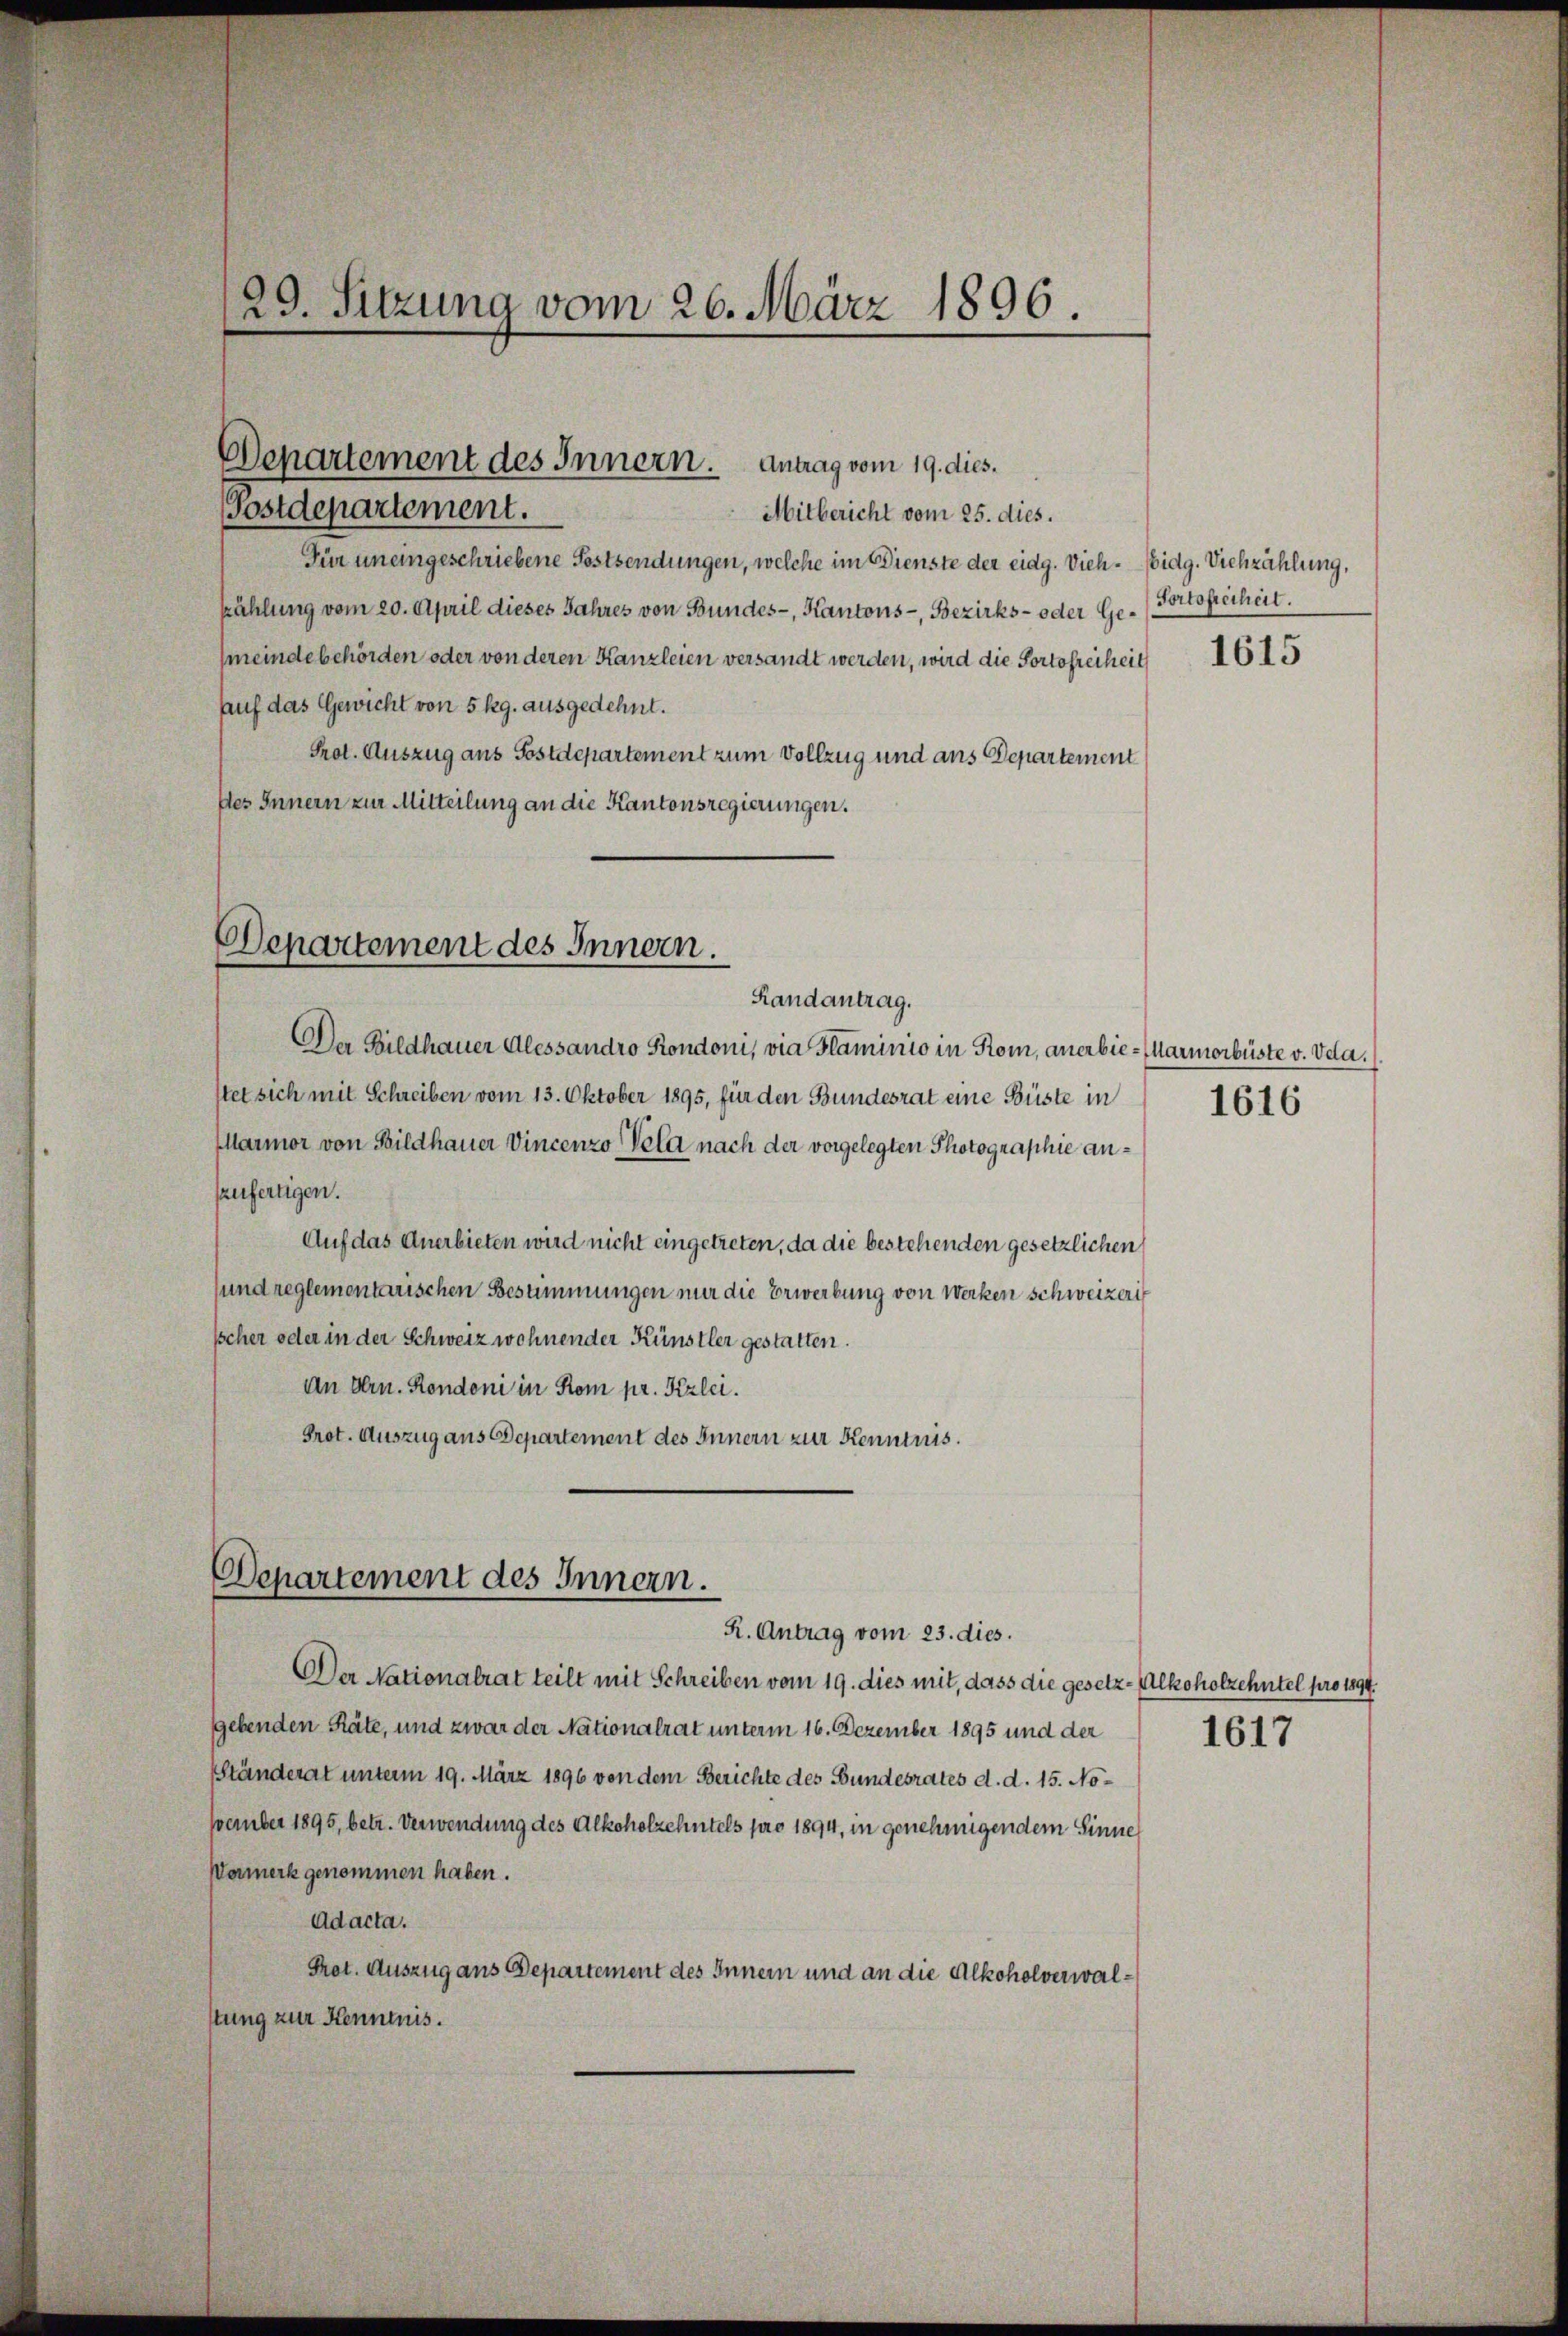
29. Sitzung vom 26. März 1896.

Departement des Innern. Antrag vom 19. dies

Postdepartement.
Mitbericht vom 25. dies.
Für uneingeschriebene Festsendungen, welche im Dienste der eidg. Vieh- Eidg. Viehzählung,
kählung vom 20. April dieses Jahres von Bundes-, Kantons-, Bezirks- oder Gemeindebehörden oder von deren Kanzleien versandt werden, wird die Portofreiheit
Auf das Gewicht von 5 kg. ausgedehnt.
Prot. Auszug aus Postdepartement zum Vollzug und aus Departement
des Innern zur Mitteilung an die Kantonsregierungen.

Departement des Innern.
Landantrag.

Der Bildhauer Alessandro Kondoni, via Flaminio in Kom, anerbie-Marmorbüste v. Ida.
stet sich mit Schreiben vom 13. Oktober 1895, für den Bundesrat eine Büste in
Marmor von Bildhauer Vincenzo Vold nach der vorgelegten Photographie anzufertigen.
Auf das Anerbieten wird nicht eingetreten, da die bestehenden gesetzlichen
und reglementarischen Bestimmungen nur die Erwerbung von Werken schweizeris
sscher oder in der Schweiz wohnender Künstler gestatten.
An Hrn. Kondoni in Rom pr. Kzlei.
Prot. Auszug aus Departement des Innern zur Kenntnis.

Departement des Innern.
R. Antrag vom 23. dies.

Der Nationalrat teilt mit Schreiben vom 19. dies mit, dass die gesetz - Alkoholzehntel pro 1894.
gebenden Räte, und zwar der Nationalrat unterm 16. Dezember 1895 und der
Eständerat unterm 19. März 1896 von dem Berichte des Bundesrates d. d. 15. Noember 1895, betr. Verwendung des Alkoholzehntels pro 1894, in genehmigendem Sinne
Warmerk genommen haben.
Ad acta.
Prot. Auszug aus Departement des Innern und an die Alkoholverwalstung zur Kenntnis.

Portofreiheit.

1615

1616

1617